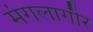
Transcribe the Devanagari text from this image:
मंगलागौर